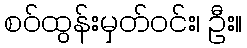
စဝ်ထွန်းမှတ်ဝင်း၊ ဦး။